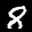
Label: 8